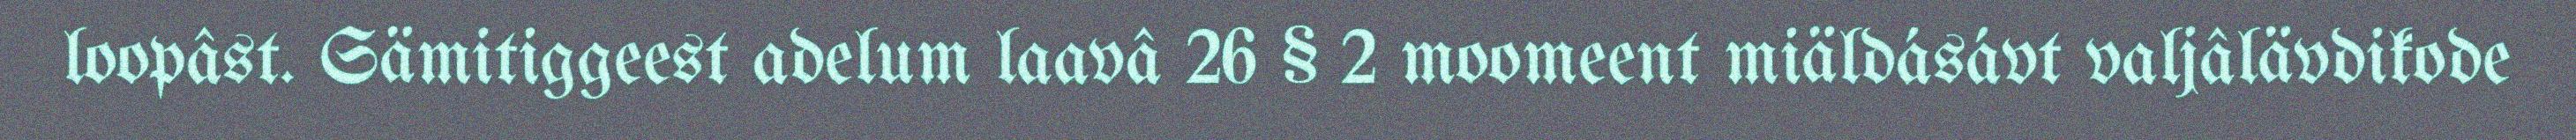
loopâst. Sämitiggeest adelum laavâ 26 § 2 moomeent miäldásávt valjâlävdikode